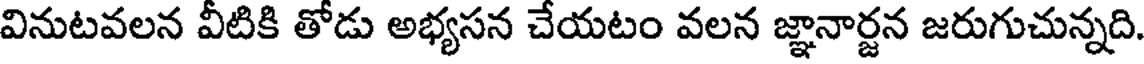
వినుటవలన వీటికి తోడు అభ్యసన చేయటం వలన జ్ఞానార్జన జరుగుచున్నది